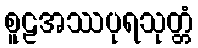
စူဠအဿပုရသုတ္တံ